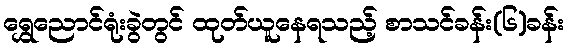
ရွှေညောင်ရုံးခွဲတွင် ထုတ်ယူနေရသည့် စာသင်ခန်း(၆)ခန်း